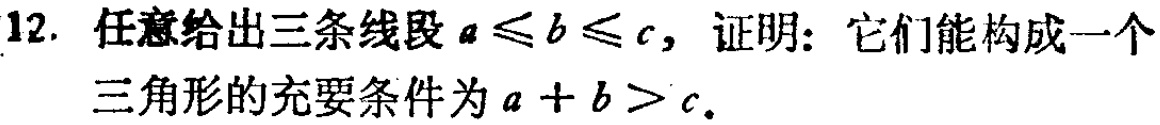
12. 任意给出三条线段\(a \leq b \leq c\)，证明：它们能构成一个三角形的充要条件为\(a + b > c\)。